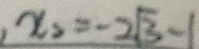
x _ { 2 } = - 2 \sqrt { 3 } - 1